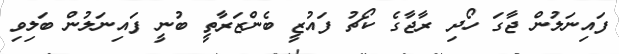
ފައިނަލުން ޖާގަ ހޯދި ރާޖާގެ ކޯޗު ފައުޒީ ބެންޒަރާތީ ބުނީ ފައިނަލުން ބަލިވި